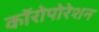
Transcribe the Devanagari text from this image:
कॉरोपोरेशन